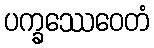
ပက္ခဿေဝေတံ